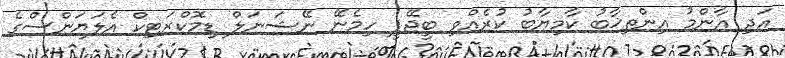
އަދި އާންމު އިންތިޚާބު ކާމިޔާބު ކުރެއްވި ބީޖޭޕީ ހިމެނޭ ނޭޝަނަލް ޑިމޮކްރަޓިކް އެލަޔަންސްގެ